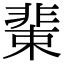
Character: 𩇹